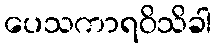
ပေသကာရဝိသိခါ